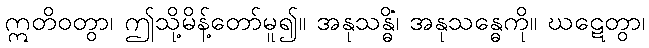
ဣတိဝတွာ၊ ဤသို့မိန့်တော်မူ၍။ အနုသန္ဓိံ၊ အနုသန္ဓေကို။ ဃဋေတွာ၊